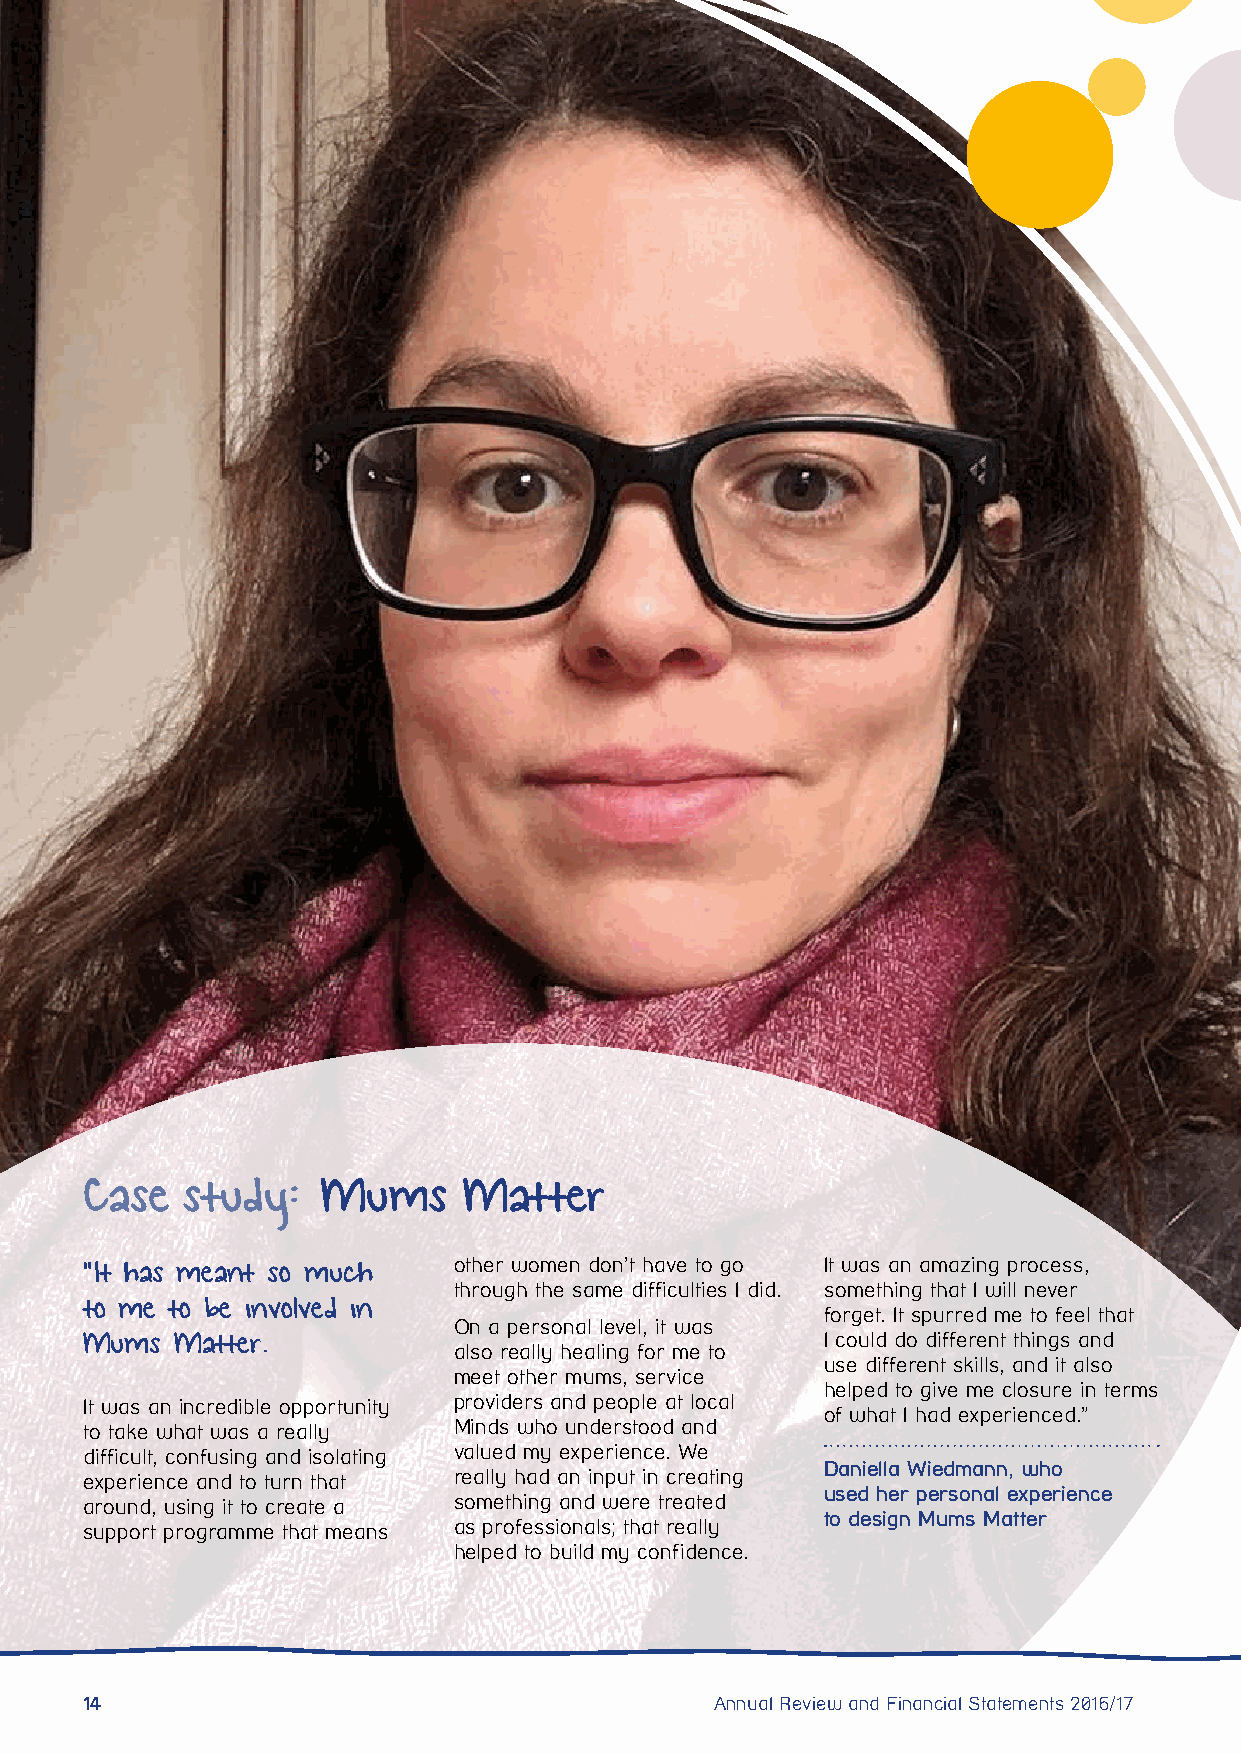
Case  study:   Mums      Matter
 “It has meant so much   other women don’t have to go It was an amazing process,
 through the same difficulties I did. something that I will never
 to me to be involved in
 forget. It spurred me to feel that
 On a personal level, it was
 Mums  Matter.                                    I could do different things and
 also really healing for me to
 use different skills, and it also
 meet other mums, service
 helped to give me closure in terms
 It was an incredible opportunity providers and people at local
 of what I had experienced.”
 to take what was a really Minds who understood and
 difficult, confusing and isolating valued my experience. We
 Daniella Wiedmann, who
 experience and to turn that really had an input in creating
 used her personal experience
 around, using it to create a something and were treated
 to design Mums Matter
 support programme that means as professionals; that really
 helped to build my confidence.
 14                                        Annual Review and Financial Statements 2016/17